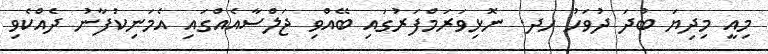
މިއީ މިދިޔަ ބުދަ ދުވަހު ހދ. ނޮޅިވަރަމްފަރުގައި ބޭއްވި ޖަލްސާއެއްގައި އެމަނިކުފާނު ދެއްކެވި